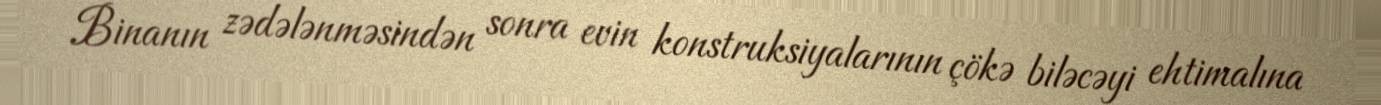
Binanın zədələnməsindən sonra evin konstruksiyalarının çökə biləcəyi ehtimalına